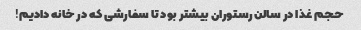
حجم غذا در سالن رستوران بیشتر بود تا سفارشی که در خانه دادیم!